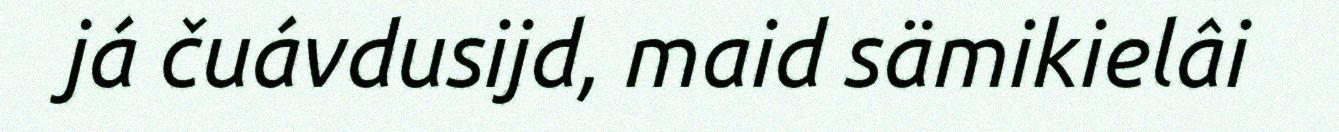
já čuávdusijd, maid sämikielâi